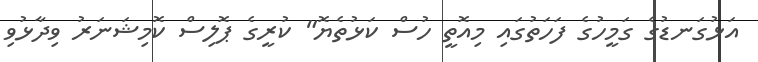
އަޅުގަނޑުގެ ގަމީހުގެ ފަހަތުގައި މިއޮތީ ހުސް ކަޅުތެޔޮ" ކުރީގެ ޕޮލިސް ކޮމިޝަނަރު ވިދާޅުވި